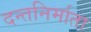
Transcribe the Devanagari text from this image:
दन्तनिर्माता